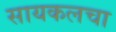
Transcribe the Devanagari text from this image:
सायकलचा